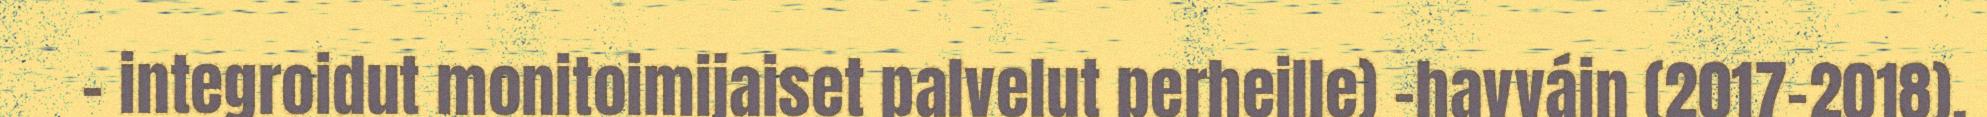
– integroidut monitoimijaiset palvelut perheille) –havváin (2017–2018).